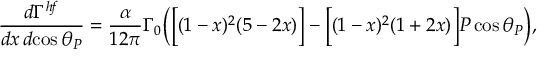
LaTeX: \frac { d \Gamma ^ { h \! f } } { d x \, d \! \cos \theta _ { P } } = \frac { \alpha } { 1 2 \pi } \Gamma _ { 0 } \Big ( \Big [ ( 1 - x ) ^ { 2 } ( 5 - 2 x ) \Big ] - \Big [ ( 1 - x ) ^ { 2 } ( 1 + 2 x ) \Big ] P \cos \theta _ { P } \Big ) ,